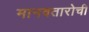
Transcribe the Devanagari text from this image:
मानवतारोची